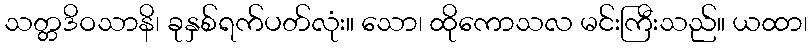
သတ္တဒိဝသာနိ၊ ခုနှစ်ရက်ပတ်လုံး။ သော၊ ထိုကောသလ မင်းကြီးသည်။ ယထာ၊